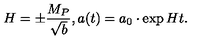
H = \pm \frac { M _ { P } } { \sqrt { b } } , a ( t ) = a _ { 0 } \cdot \exp { H t } .